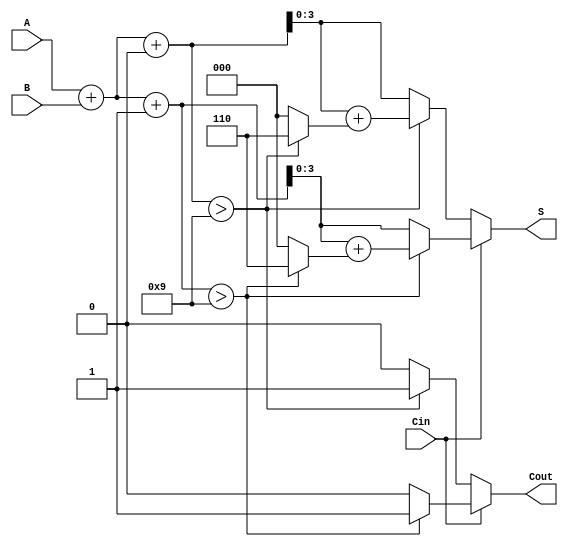
module BCD_MCSA (
    input  [3:0] A,      // BCD digit A
    input  [3:0] B,      // BCD digit B
    input        Cin,     // Carry-in
    output [3:0] S,      // BCD sum
    output       Cout     // Carry-out
);

    wire [4:0] Sum0;     // Sum when Cin = 0 (5 bits to hold carry)
    wire [4:0] Sum1;     // Sum when Cin = 1 (5 bits to hold carry)
    wire [4:0] Sum0_corr; // Corrected Sum0
    wire [4:0] Sum1_corr; // Corrected Sum1
    wire Sum0_valid;     // Validity of Sum0
    wire Sum1_valid;     // Validity of Sum1

    // Calculate Sum0 and Sum1
    assign Sum0 = A + B + 4'b0000; // Sum for Cin = 0
    assign Sum1 = A + B + 4'b0001; // Sum for Cin = 1

    // Check if Sum0 exceeds BCD range (greater than 9)
    assign Sum0_valid = Sum0 > 4'b1001; // 9 in BCD
    assign Sum1_valid = Sum1 > 4'b1001; // 9 in BCD

    // Apply BCD correction if necessary
    assign Sum0_corr = Sum0 + (Sum0_valid ? 5'b00110 : 5'b00000); // Add 6 if Sum0 > 9
    assign Sum1_corr = Sum1 + (Sum1_valid ? 5'b00110 : 5'b00000); // Add 6 if Sum1 > 9

    // Select final sum and carry out based on Cin
    assign S = (Cin == 0) ? (Sum0_valid ? Sum0_corr[3:0] : Sum0[3:0]) : (Sum1_valid ? Sum1_corr[3:0] : Sum1[3:0]);
    assign Cout = (Cin == 0) ? (Sum0_valid ? 1'b1 : 1'b0) : (Sum1_valid ? 1'b1 : 1'b0);

endmodule